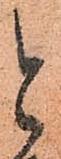
と